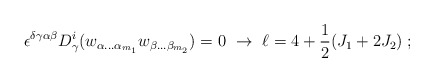
\begin{align*} \epsilon^{\delta\gamma\alpha\beta} D^i_\gamma(w_{\alpha\ldots\alpha_{m_1}}w_{\beta\ldots\beta_{m_2}}) = 0\ \rightarrow \ \ell = 4 +{1\over2}(J_1+2J_2)\;;\end{align*}